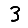
Digit: 3